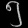
Digit: ၅